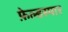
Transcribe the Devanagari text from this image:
फ़ेल्डस्पार